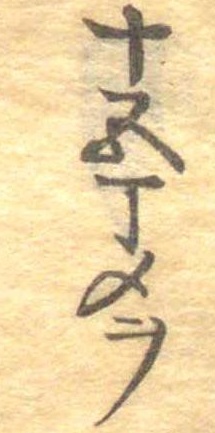
十五丁メヲ